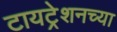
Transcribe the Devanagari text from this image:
टायट्रेशनच्या